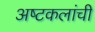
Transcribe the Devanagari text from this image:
अष्‍टकलांची